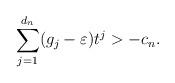
LaTeX: \begin{align*} \sum_{j=1}^{d_n} (g_j-\varepsilon)t^j > -c_n.\end{align*}